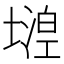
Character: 𡐘